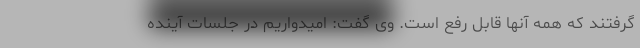
گرفتند که همه آنها قابل رفع است. وی گفت: امیدواریم در جلسات آینده